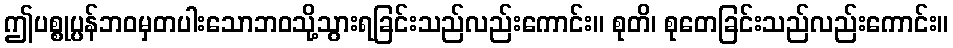
ဤပစ္စုပ္ပန်ဘဝမှတပါးသောဘဝသို့သွားရခြင်းသည်လည်းကောင်း။ စုတိ၊ စုတေခြင်းသည်လည်းကောင်း။